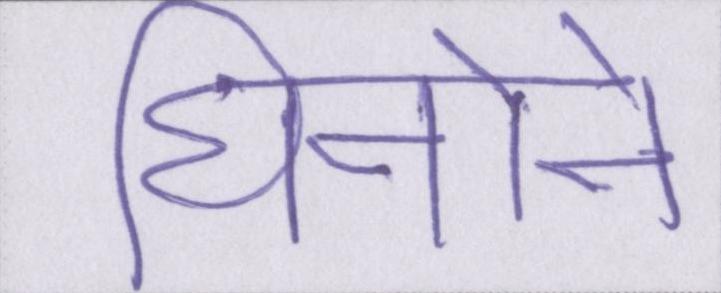
घिनोने